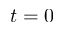
t = 0